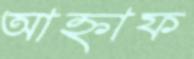
আহ্নাফ